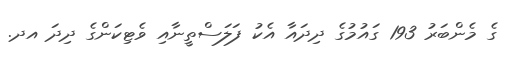
ގެ މެންބަރު 193 ގައުމުގެ ދިދައާ އެކު ފަލަސްތީނާއި ވެޓިކަންގެ ދިދަ އދ.